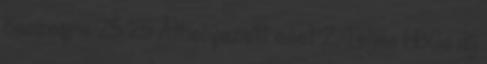
összegre 25 25 Áthelyezett eset 2. Teljes HBCs díj